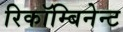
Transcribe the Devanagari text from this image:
रिकॉम्बिनेन्ट